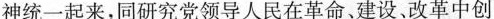
神统一起来，同研究党领导人民在革命、建设、改革中创